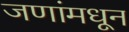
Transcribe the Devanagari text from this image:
जणांमधून